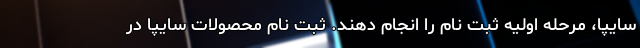
سایپا، مرحله اولیه ثبت نام را انجام دهند. ثبت نام محصولات سایپا در